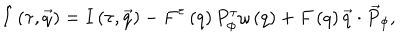
\hat { I } \left( \tau , \vec { q } \right) = I \left( \tau , \vec { q } \right) - F ^ { \tau } \left( q \right) P _ { \phi } ^ { \tau } \omega \left( q \right) + F \left( q \right) \vec { q } \cdot { \vec { P } } _ { \phi } ,